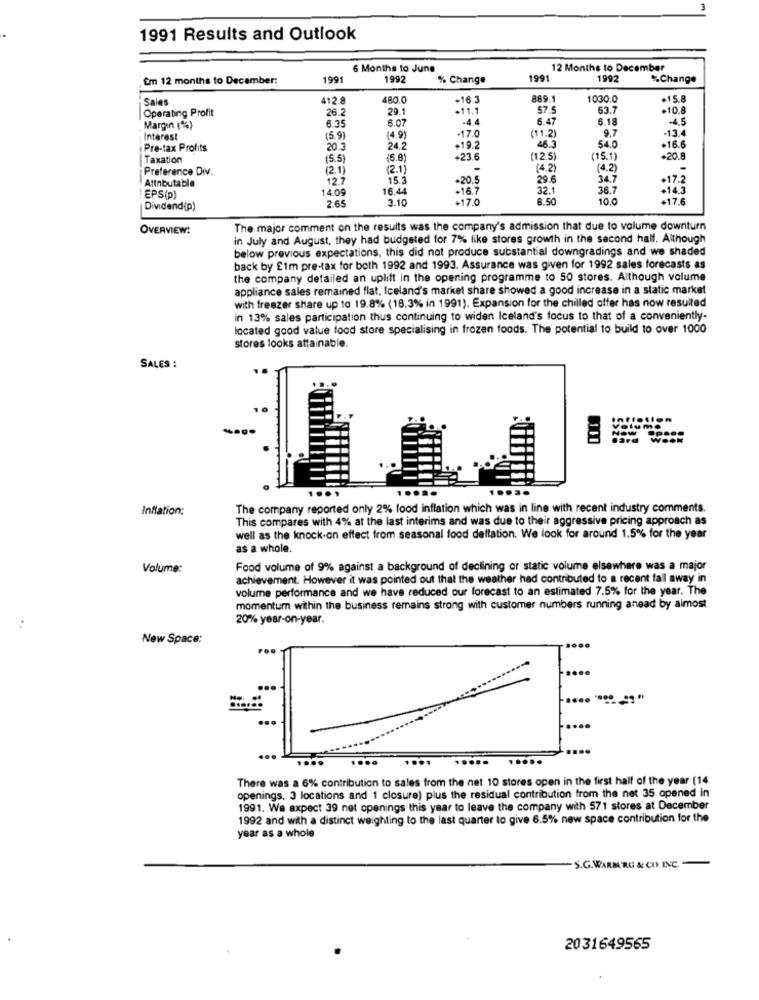
1991 Results and Outlook
6 Months to June
12 Months to December
Em 12 months to December:
1991
1992
% Change
1991
1992
%Change
" Sales
412.8
480.0
.16.3
889.
1030.0
.15.8
Operating Profit
26.2
29.1
.11.1
57
53.7
.10.8
6.35
6.07
-4.4
6.47
6.18
-4,5
Margin (%)
-17.0
9.7
-13.4
Interest
(5.9)
(4.9)
(11.2)
Pre-tax Profits
20.3
24.2
+19.2
46.3
54.0
+16.6
Taxation
(5.5)
(6.8)
+23.6
(12.5)
(15.1)
+20.8
Preference Div.
12.1
(2.1)
(4.2)
(4.2)
-
Attnbutable
12.7
15.3
-20.5
29.6
34.7
+17.2
14.09
16.44
+16.7
32.1
36.7
+14.3
EPS(P)
265
3.10
+17.0
8.50
10.0
+17.6
Dividend(p)
OVERVIEW:
The major comment on the results was the company's admission that due to volume downturn
in July and August, they had budgeted for 7% like stores growth in the second half. Although
below previous expectations, this did not produce substantial downgradings and we shaded
back by £1m pre-tax for both 1992 and 1993. Assurance was given for 1992 sales forecasts as
the company detailed an uplift in the opening programme to 50 stores. Although volume
appliance sales remained flat, Iceland's market share showed a good increase in a static market
with freezer share up to 19.8% (18.3% in 1991). Expansion for the chilled offer has now resulted
in 13% sales participation thus continuing to widen Iceland's focus to that of a conveniently-
located good value food store specialising in frozen foods. The potential to build to over 1000
stores looks attainable.
SALES :
Inflation:
The company reported only 2% food inflation which was in line with recent industry comments.
This compares with 4% at the last interims and was due to their aggressive pricing approach as
well as the knock-on effect from seasonal food deflation. We look for around 1.5% for the year
as a whole.
Volume:
Food volume of 9% against a background of declining or static volume elsewhere was a major
achievement. However it was pointed out that the weather had contributed to a recent fall away in
volume performance and we have reduced our forecast to an estimated 7.5% for the year. The
momentum within the business remains strong with customer numbers running anead by almost
20% year-on-year.
:
New Space:
...
...
...
....
.....
.....
There was a 6% contribution to sales from the net 10 stores open in the first half of the year (14
openings, 3 locations and 1 closure) plus the residual contribution from the net 35 opened in
1991. We expect 39 net openings this year to leave the company with 571 stores at December
1992 and with a distinct weighting to the last quarter to give 6.5% new space contribution for the
year as a whole
- S.G. WARM RG & CO. INC.
2031649565